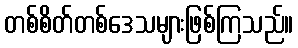
တစ်စိတ်တစ်ဒေသများဖြစ်ကြသည်။